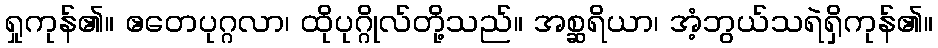
ရှုကုန်၏။ ဧတေပုဂ္ဂလာ၊ ထိုပုဂ္ဂိုလ်တို့သည်။ အစ္ဆရိယာ၊ အံ့ဘွယ်သရဲရှိကုန်၏။